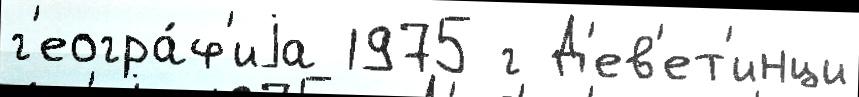
г'еогра́ф'иjа 1975 г Д'ев'ет'инци